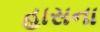
હાસના